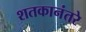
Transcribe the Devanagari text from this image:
शतकानंतरे